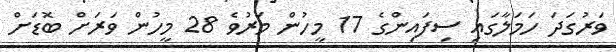
ވަރުގަދަ ހަމަލާގައި ސިފައިންގެ 17 މީހުން މަރުވެ 28 މީހުން ވަރަށް ބޮޑަށް